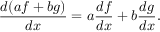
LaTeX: { \frac { d ( a f + b g ) } { d x } } = a { \frac { d f } { d x } } + b { \frac { d g } { d x } } .